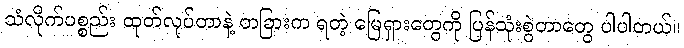
သံလိုက်ပစ္စည်း ထုတ်လုပ်တာနဲ့ တခြားက ရတဲ့ မြေရှားတွေကို ပြန်သုံးစွဲတာတွေ ပါပါတယ်။